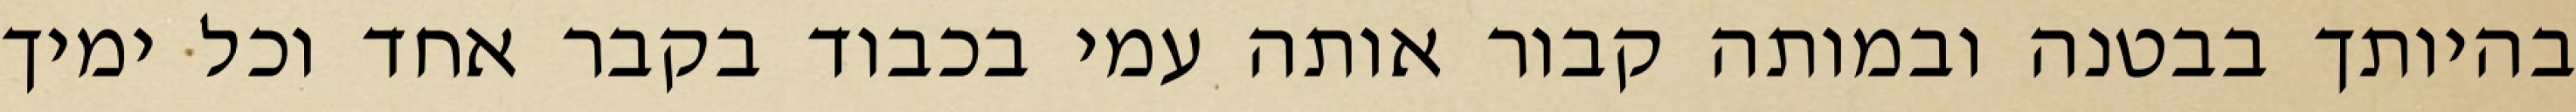
בהיותך בבטנה ובמותה קבור אותה עמי בכבוד בקבר אחד וכל ימיך